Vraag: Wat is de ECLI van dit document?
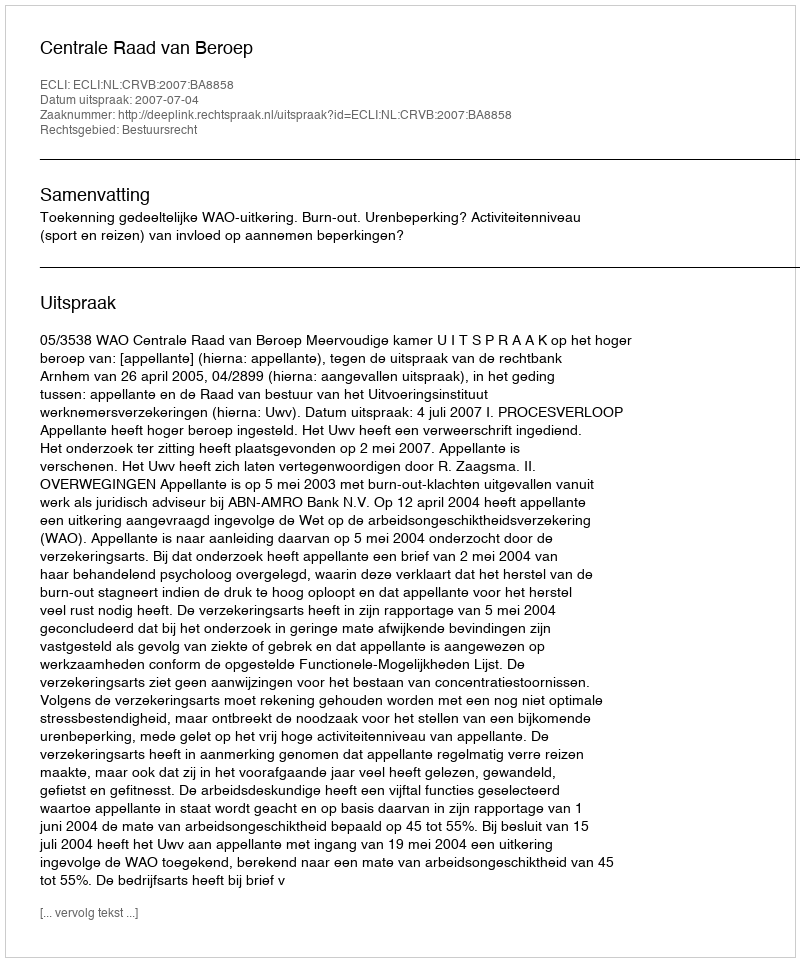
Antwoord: ECLI:NL:CRVB:2007:BA8858